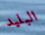
البليد